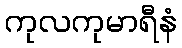
ကုလကုမာရီနံ